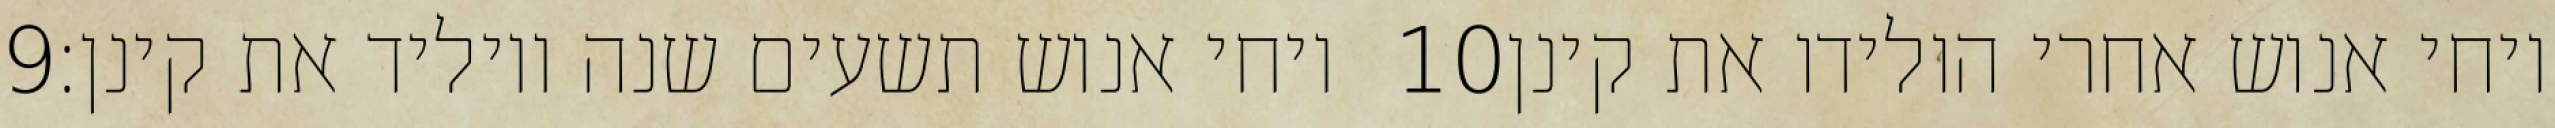
‎9‏ ויחי אנוש תשעים שנה ויוליד את קינן׃ ‎10‏ ויחי אנוש אחרי הולידו את קינן